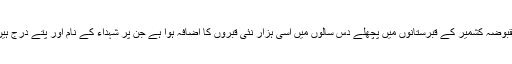
مقبوضہ کشمیر کے قبرستانوں میں پچھلے دس سالوں میں اسی ہزار نئی قبروں کا اضافہ ہوا ہے جن پر شہداء کے نام اور پتے درج ہیں۔